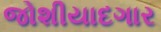
જોશીયાદગાર